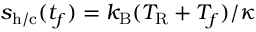
s _ { \mathrm { h / c } } ( t _ { f } ) = k _ { \mathrm { B } } ( T _ { \mathrm { R } } + T _ { f } ) / \kappa